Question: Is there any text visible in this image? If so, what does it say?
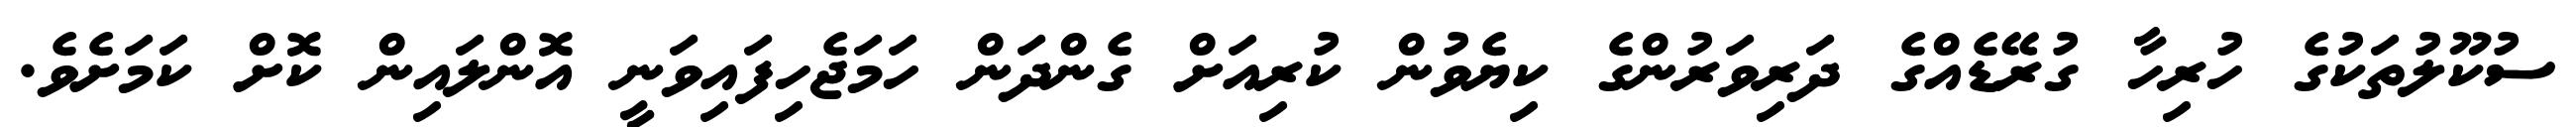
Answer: ސުކޫލުތަކުގެ ހުރިހާ ގުރޭޑެއްގެ ދަރިވަރުންގެ ކިޔެވުން ކުރިއަށް ގެންދަން ހަމަޖެހިފައިވަނީ އޮންލައިން ކޮށް ކަމަށެވެ.